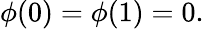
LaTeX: \phi(0)=\phi(1)=0.